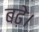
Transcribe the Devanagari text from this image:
बढे़।